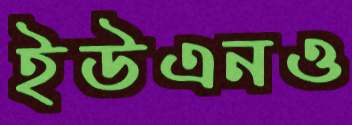
ইউএনও